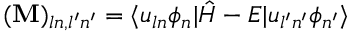
( \mathbf { M } ) _ { l n , l ^ { \prime } n ^ { \prime } } = \langle u _ { l n } \phi _ { n } | \hat { H } - E | u _ { l ^ { \prime } n ^ { \prime } } \phi _ { n ^ { \prime } } \rangle